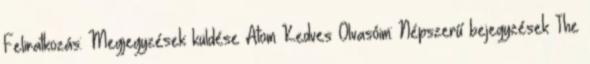
Feliratkozás: Megjegyzések küldése Atom Kedves Olvasóim: Népszerű bejegyzések The